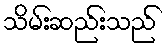
သိမ်းဆည်းသည်